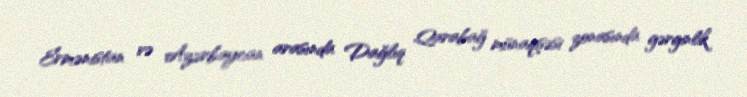
Ermənistan və Azərbaycan arasında Dağlıq Qarabağ münaqişəsi zonasında gərginlik